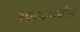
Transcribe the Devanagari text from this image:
२००३मधील